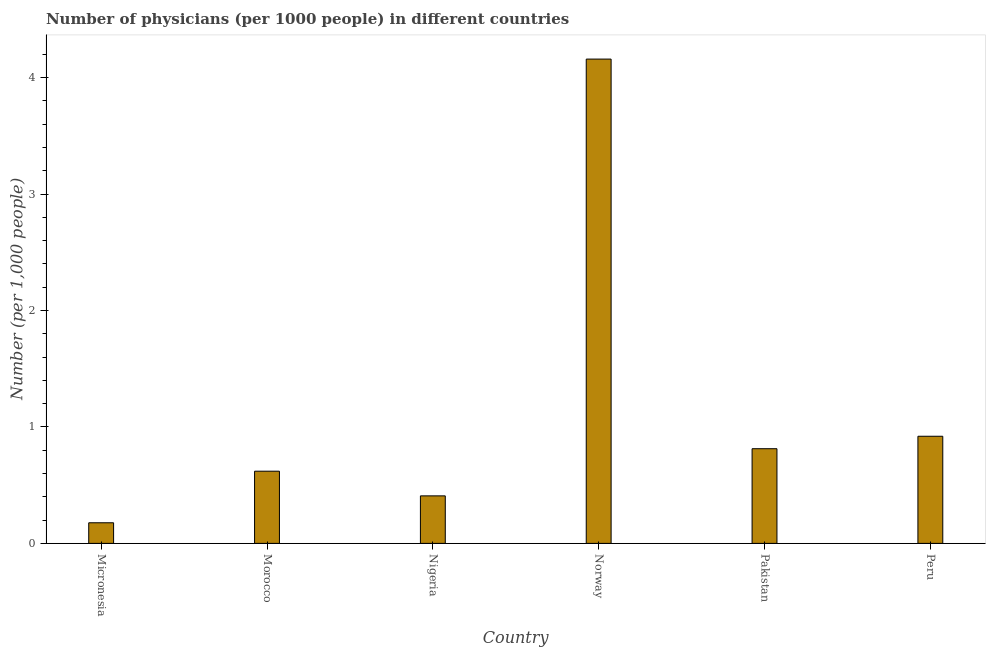
| Country | Physicians |
 | --- | --- |
 | Micronesia | 0.177 |
 | Morocco | 0.62 |
 | Nigeria | 0.408 |
 | Norway | 4.16 |
 | Pakistan | 0.813 |
 | Peru | 0.92 |